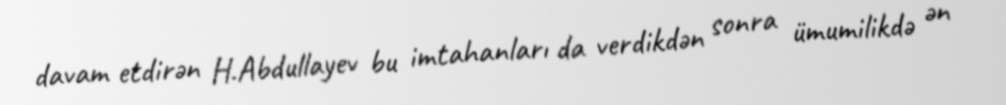
davam etdirən H.Abdullayev bu imtahanları da verdikdən sonra ümumilikdə ən